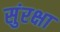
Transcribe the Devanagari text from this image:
सुंरक्षा